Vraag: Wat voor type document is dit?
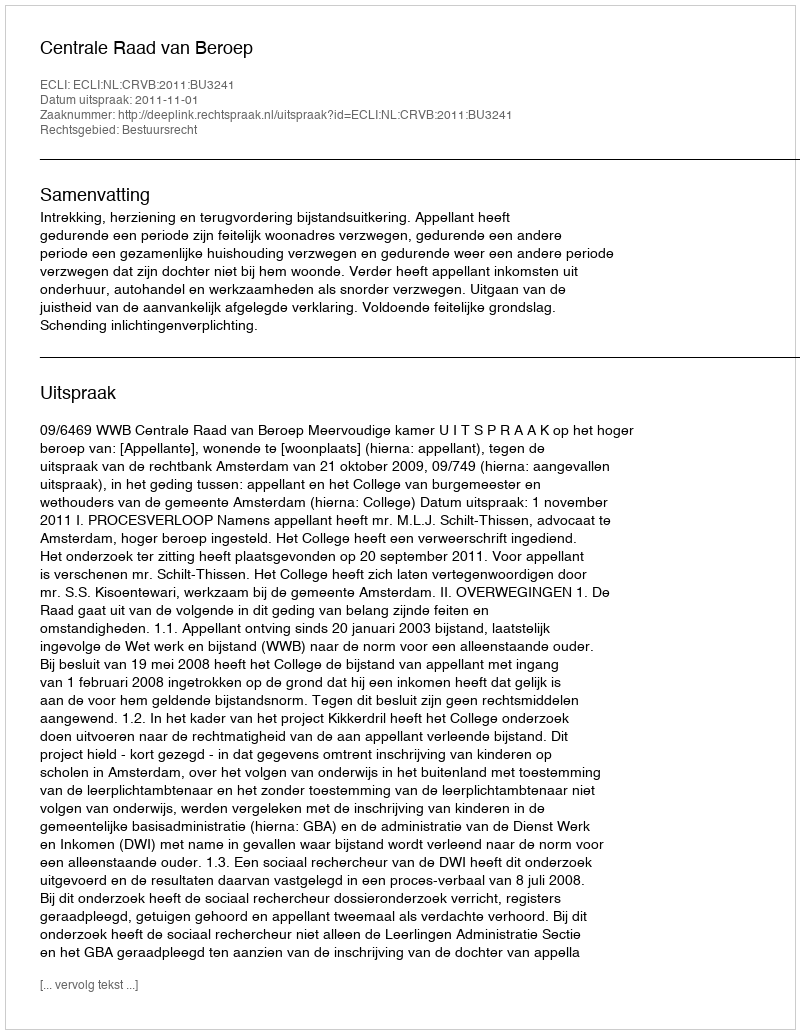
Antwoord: Uitspraak